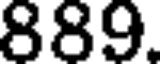
889.